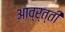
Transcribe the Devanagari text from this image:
आव्र्त्ती